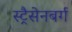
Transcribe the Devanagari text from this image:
स्ट्रैसेनबर्ग